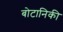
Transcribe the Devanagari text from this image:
बोटानिकी